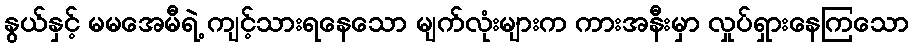
နွယ်နှင့် မမအေမီရဲ့ ကျင့်သားရနေသော မျက်လုံးများက ကားအနီးမှာ လှုပ်ရှားနေကြသော